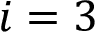
i = 3